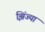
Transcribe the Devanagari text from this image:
झिंज्या